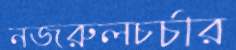
নজরুলচর্চার